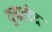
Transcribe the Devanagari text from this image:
यूनाइटेद